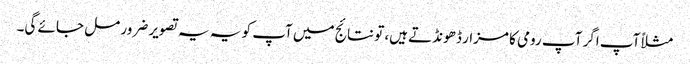
مثلاً آپ اگر آپ رومی کا مزار ڈھونڈتے ہیں، تو نتائج میں آپ کو یہ یہ تصویر ضرور مل جائے گی۔